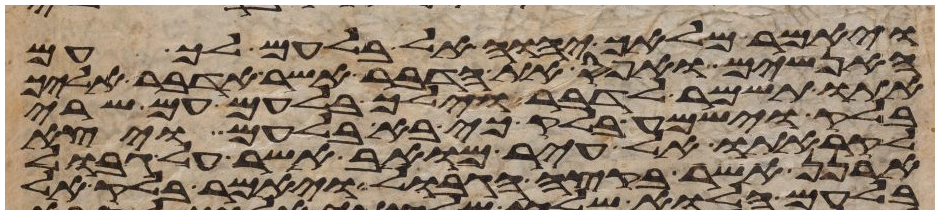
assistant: ויאמר מלאך יהוה אל בלעם לך עם
האנשים ואפס את הדבר אשר אדבר אליך
אתו תשמר לדבר וילך בלעם עם שרי
בלק וישמע בלק כי בא בלעם ויצא
לקראתו אל עיר מואב אשר על גבול
ארנן אשר בקצה הגבול ויאמר בלק אל